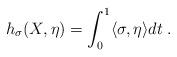
LaTeX: \begin{align*}h_{\sigma}(X,\eta)= \int_0^1 \langle \sigma,\eta\rangle dt\;.\end{align*}